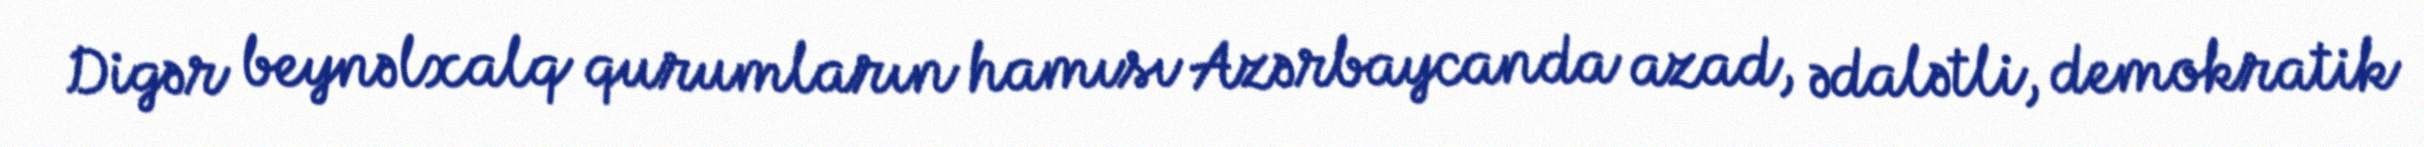
Digər beynəlxalq qurumların hamısı Azərbaycanda azad, ədalətli, demokratik